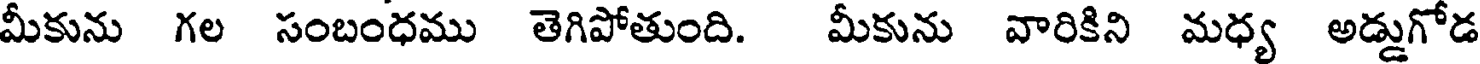
మీకును గల సంబంధము తెగిపోతుంది. మీకును వారికిని మధ్య అడ్డుగోడ